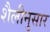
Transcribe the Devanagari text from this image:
शैलीनुसार